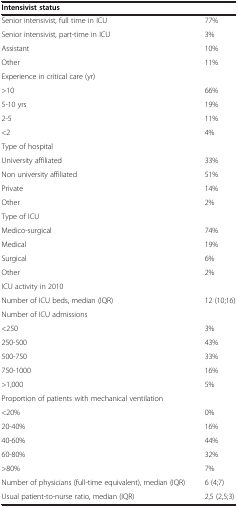
| Intensivist status |  |
 | --- | --- |
 | Senior intensivist, full time in ICU | 77% |
 | Senior intensivist, part-time in ICU | 3% |
 | Assistant | 10% |
 | Other | 11% |
 | Experience in critical care (yr) |  |
 | >10 | 66% |
 | 5-10 yrs | 19% |
 | 2-5 | 11% |
 | <2 | 4% |
 | Type of hospital |  |
 | University affiliated | 33% |
 | Non university affiliated | 51% |
 | Private | 14% |
 | Other | 2% |
 | Type of ICU |  |
 | Medico-surgical | 74% |
 | Medical | 19% |
 | Surgical | 6% |
 | Other | 2% |
 | ICU activity in 2010 |  |
 | Number of ICU beds, median (IQR) | 12 (10;16) |
 | Number of ICU admissions |  |
 | <250 | 3% |
 | 250-500 | 43% |
 | 500-750 | 33% |
 | 750-1000 | 16% |
 | >1,000 | 5% |
 | Proportion of patients with mechanical ventilation |  |
 | <20% | 0% |
 | 20-40% | 16% |
 | 40-60% | 44% |
 | 60-80% | 32% |
 | >80% | 7% |
 | Number of physicians (full-time equivalent), median (IQR) | 6 (4;7) |
 | Usual patient-to-nurse ratio, median (IQR) | 2,5 (2,5;3) |